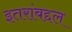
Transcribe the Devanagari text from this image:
इतरांबद्दल